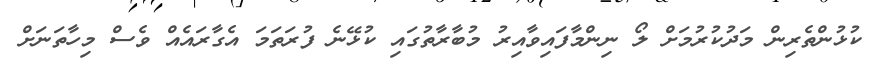
ކުޅުންތެރިން މަދުކުރުމަށް ލޯ ނިންމާފައިވާއިރު މުބާރާތުގައި ކުޅޭނެ ފުރަތަމަ އެގާރައެއް ވެސް މިހާތަނަށް